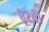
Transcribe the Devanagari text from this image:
८२४१